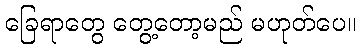
ခြေရာတွေ တွေ့တော့မည် မဟုတ်ပေ။